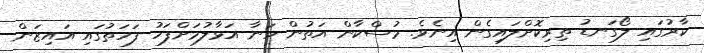
ކާރުގައި ލޯގަނޑު ތިރިކޮށްލައިގެން އިނެވެ. މުސްކާން އަތުން ހަނާ އަޅާލުމަށްފަހު ފަހަތުގައި އައިޒަން